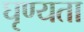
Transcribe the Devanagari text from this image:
घृण्यता